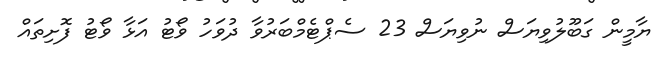
ޔާމީން ގަބޫލުވިޔަސް ނުވިޔަސް 23 ސެޕްޓެމްބަރުވާ ދުވަހު ވޯޓު އަޅާ ވޯޓު ފޮށިތައް